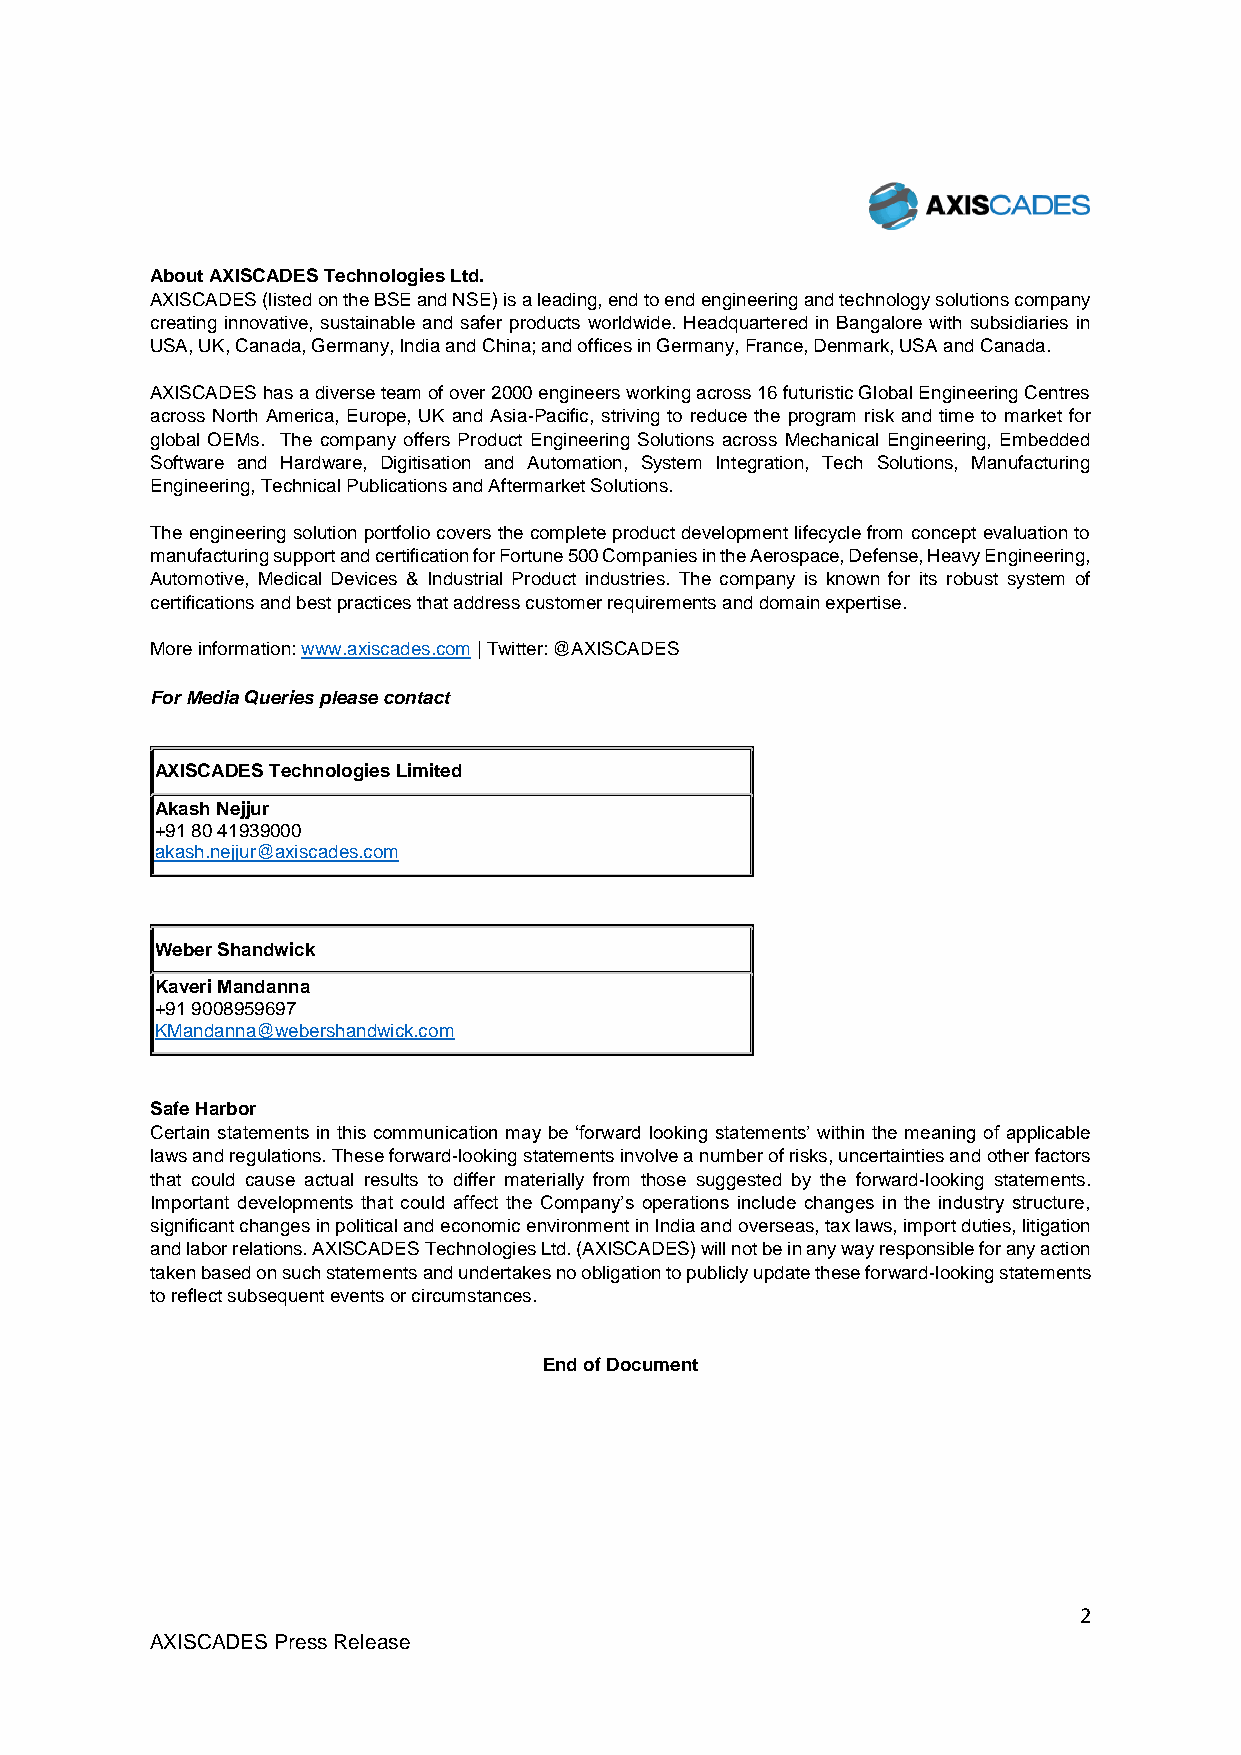
About AXISCADES Technologies Ltd.
 AXISCADES (listed on the BSE and NSE) is a leading, end to end engineering and technology solutions company
 creating innovative, sustainable and safer products worldwide. Headquartered in Bangalore with subsidiaries in
 USA, UK, Canada, Germany, India and China; and offices in Germany, France, Denmark, USA and Canada.
 AXISCADES has a diverse team of over 2000 engineers working across 16 futuristic Global Engineering Centres
 across North America, Europe, UK and Asia-Pacific, striving to reduce the program risk and time to market for
 global OEMs. The company offers Product Engineering Solutions across Mechanical Engineering, Embedded
 Software and Hardware, Digitisation and Automation, System Integration, Tech Solutions, Manufacturing
 Engineering, Technical Publications and Aftermarket Solutions.
 The engineering solution portfolio covers the complete product development lifecycle from concept evaluation to
 manufacturing support and certification for Fortune 500 Companies in the Aerospace, Defense, Heavy Engineering,
 Automotive, Medical Devices & Industrial Product industries. The company is known for its robust system of
 certifications and best practices that address customer requirements and domain expertise.
 More information: www.axiscades.com | Twitter: @AXISCADES
 For Media Queries please contact
 AXISCADES Technologies Limited
 Akash Nejjur
 +91 80 41939000
 akash.nejjur@axiscades.com
 Weber Shandwick
 Kaveri Mandanna
 +91 9008959697
 KMandanna@webershandwick.com
 Safe Harbor
 Certain statements in this communication may be ‘forward looking statements’ within the meaning of applicable
 laws and regulations. These forward-looking statements involve a number of risks, uncertainties and other factors
 that could cause actual results to differ materially from those suggested by the forward-looking statements.
 Important developments that could affect the Company’s operations include changes in the industry structure,
 significant changes in political and economic environment in India and overseas, tax laws, import duties, litigation
 and labor relations. AXISCADES Technologies Ltd. (AXISCADES) will not be in any way responsible for any action
 taken based on such statements and undertakes no obligation to publicly update these forward-looking statements
 to reflect subsequent events or circumstances.
 End of Document
 2
 AXISCADES Press Release